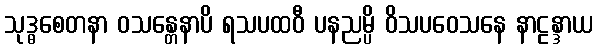
သုဒ္ဓစေတနာ ဝသန္တေနာပိ ရသပထဝီ ပနညမ္ပိ ဝိသပဝေသနေ နာဠန္ဒာယ